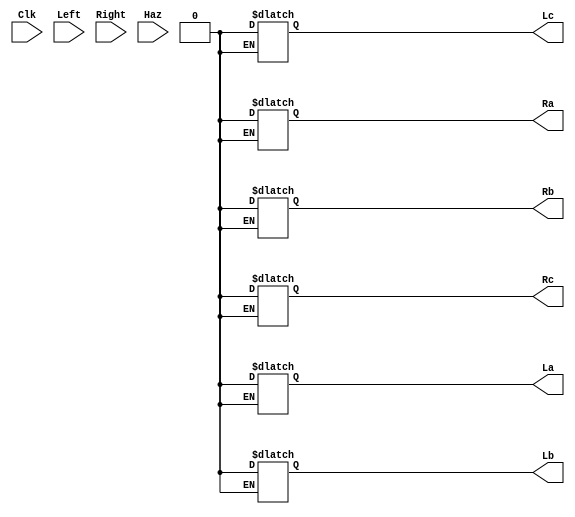
module HW2_light(Clk, Left, Right, Haz, La, Lb, Lc, Ra, Rb, Rc);
	input Clk;
	input Left;
	input Right;
	input Haz;
	output reg La, Lb, Lc, Ra, Rb, Rc;
	reg [2:0] State;
	reg [2:0] Nextstate;
	initial begin
		State=0;
		Nextstate = 0;
	end
	
	always @(Left, Right, Haz, State)
	begin
	
		case(State)
			0:begin
				La = 0;Lb = 0;Lc = 0;Ra = 0;Rb = 0;Rc = 0;
				if(Haz)
					Nextstate<=7;	
				else if(Left&(~Right))
					Nextstate<=1;
				else if((~Left) & Right)
					Nextstate<=4;
			   	
			end
			1:begin
				if(Haz)
					Nextstate<=7;				
				else if(Left) begin
					Nextstate<=2;
					La = 1;
				end
				else	
					State<=0;
				
			  end
			2:begin
				if(Haz)
					Nextstate<=7;						
				else if(Left) begin
					Nextstate<=3;
					Lb = 1; La = 1;
					end
				else
					State<=0;
			end
			3:begin
				if(Haz)
					Nextstate<=7;		
				else if(Left) begin
					Lc = 1;Lb = 1;La = 1;
					Nextstate<=0;
					end
				else
					State<=0;
			end
			4:begin
				if(Haz)
					Nextstate<=7;						
				else if(Right)begin
					Nextstate<=5;
					Ra = 1;
					end
				else
					State<=0;
				end
			5:begin
				if(Haz)
					Nextstate<=7;						
				else if(Right) begin
					Nextstate<=6;
					Rb = 1;Ra = 1;
					end		
				else
					State<=0;			
			end
			6:begin
				if(Haz)
					Nextstate<=7;		
				else if(Right) begin
					Rc = 1;Rb = 1;Ra = 1;
					Nextstate<=0;
					end
				else
					State<=0;
			end
			7:begin
				La = 1;Lb = 1;Lc = 1;Ra = 1;Rb = 1;Rc = 1;
				Nextstate<=0;
			end
	endcase
	end
	
	always @(posedge Clk)
	begin
		State<=Nextstate;
	end
endmodule